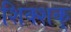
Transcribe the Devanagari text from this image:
शिक्शक्